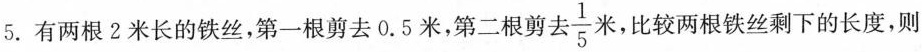
5.有两根2米长的铁丝，第一根剪去0.5米，第二根剪去 \frac{1}{5} 米，比较两根铁丝剩下的长度，则